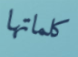
كلماتها